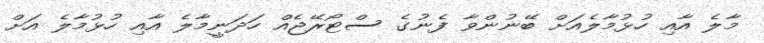
މާލެ އާއި ހުޅުމާލެއަށް ބޭނުންވާ ފެނުގެ ސްޓޯރޭޖެއް ހަދަނީމާލެ އާއި ހުޅުމާލެ އަށް